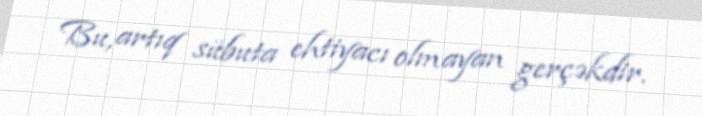
Bu, artıq sübuta ehtiyacı olmayan gerçəkdir.